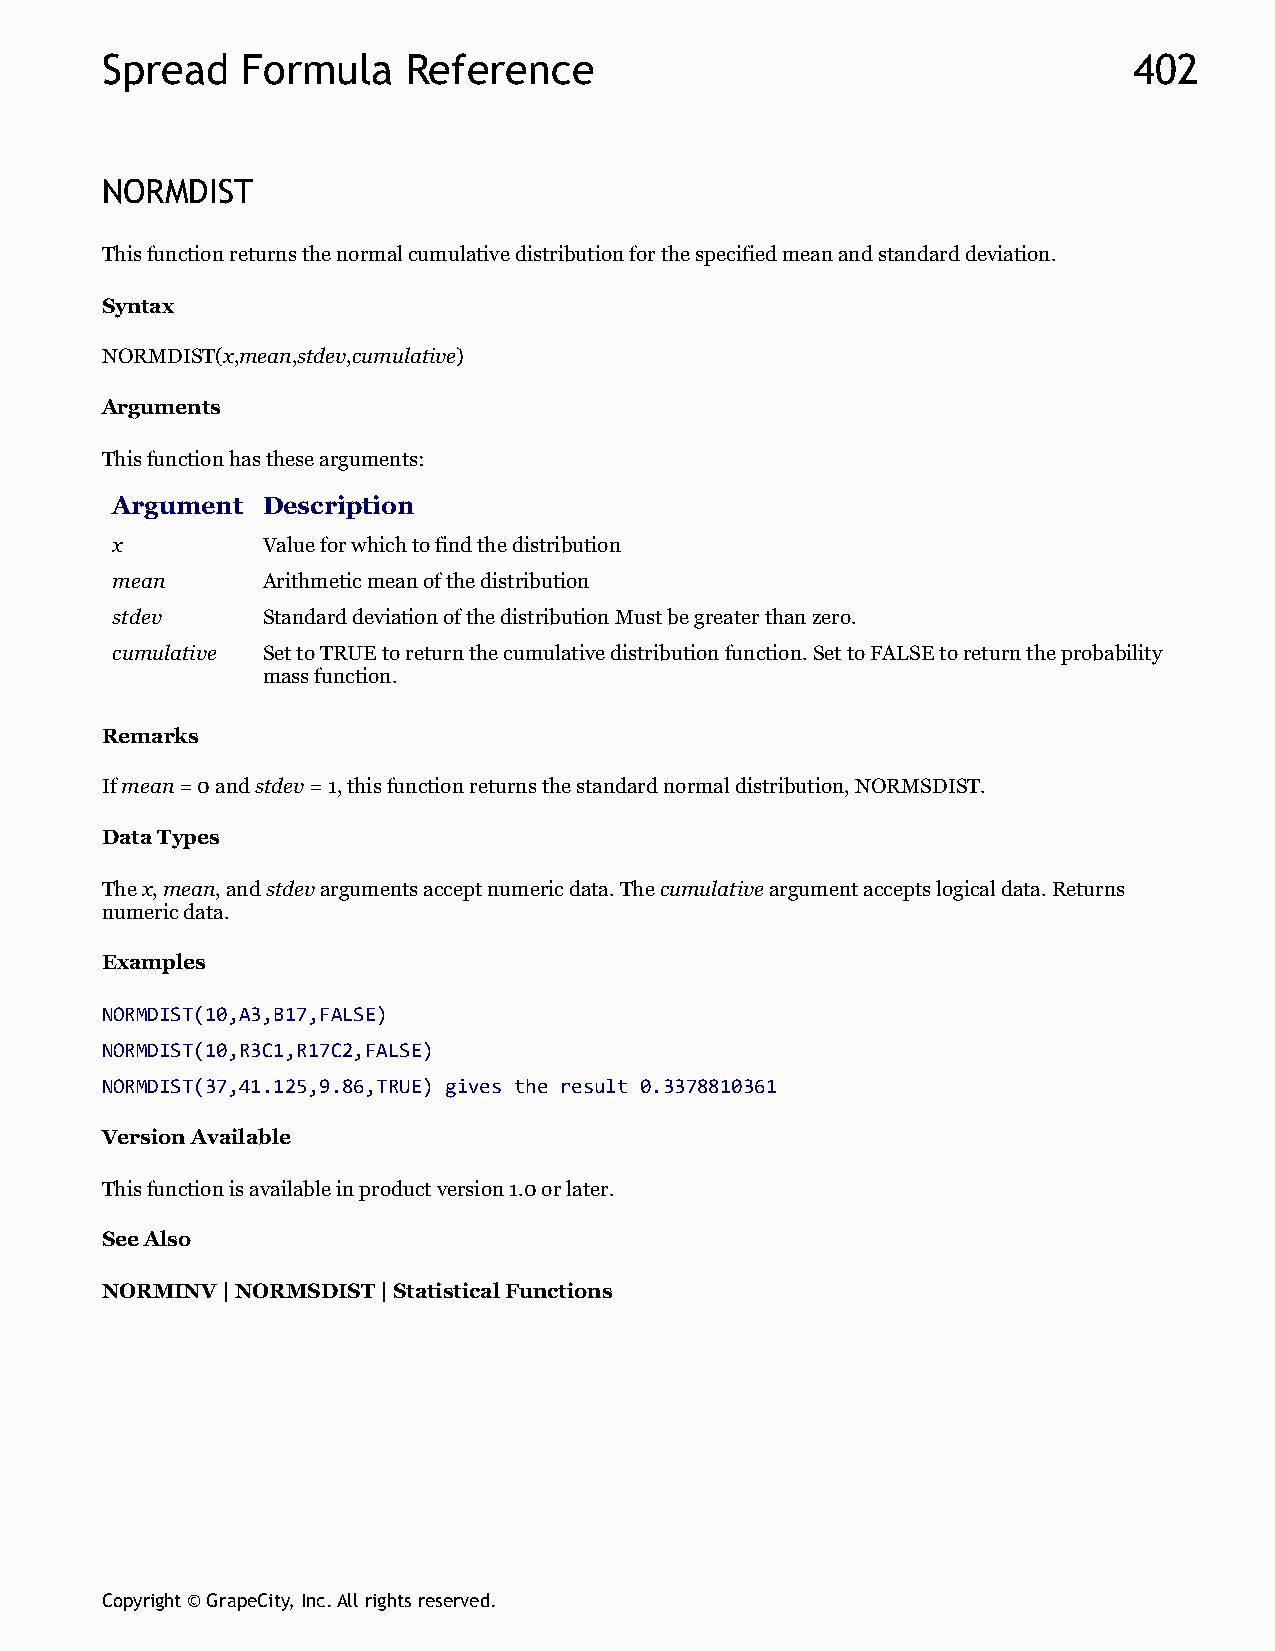
Spread   Formula    Reference                                       402
 NORMDIST
 This function returns the normal cumulative distribution for the specified mean and standard deviation.
 Syntax
 NORMDIST(x,mean,stdev,cumulative)
 Arguments
 This function has these arguments:
 Argument  Description
 x         Value for which to find the distribution
 mean      Arithmetic mean of the distribution
 stdev     Standard deviation of the distribution Must be greater than zero.
 cumulative Set to TRUE to return the cumulative distribution function. Set to FALSE to return the probability
 mass function.
 Remarks
 If mean = 0 and stdev = 1, this function returns the standard normal distribution, NORMSDIST.
 Data Types
 The x, mean, and stdev arguments accept numeric data. The cumulative argument accepts logical data. Returns
 numeric data.
 Examples
 NORMDIST(10,A3,B17,FALSE)
 NORMDIST(10,R3C1,R17C2,FALSE)
 NORMDIST(37,41.125,9.86,TRUE) gives the result 0.3378810361
 Version Available
 This function is available in product version 1.0 or later.
 See Also
 NORMINV | NORMSDIST | Statistical Functions
 Copyright © GrapeCity, Inc. All rights reserved.